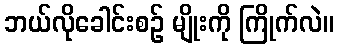
ဘယ်လိုခေါင်းစဉ် မျိုးကို ကြိုက်လဲ။